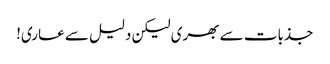
جذبات سے بھری لیکن دلیل سے عاری!